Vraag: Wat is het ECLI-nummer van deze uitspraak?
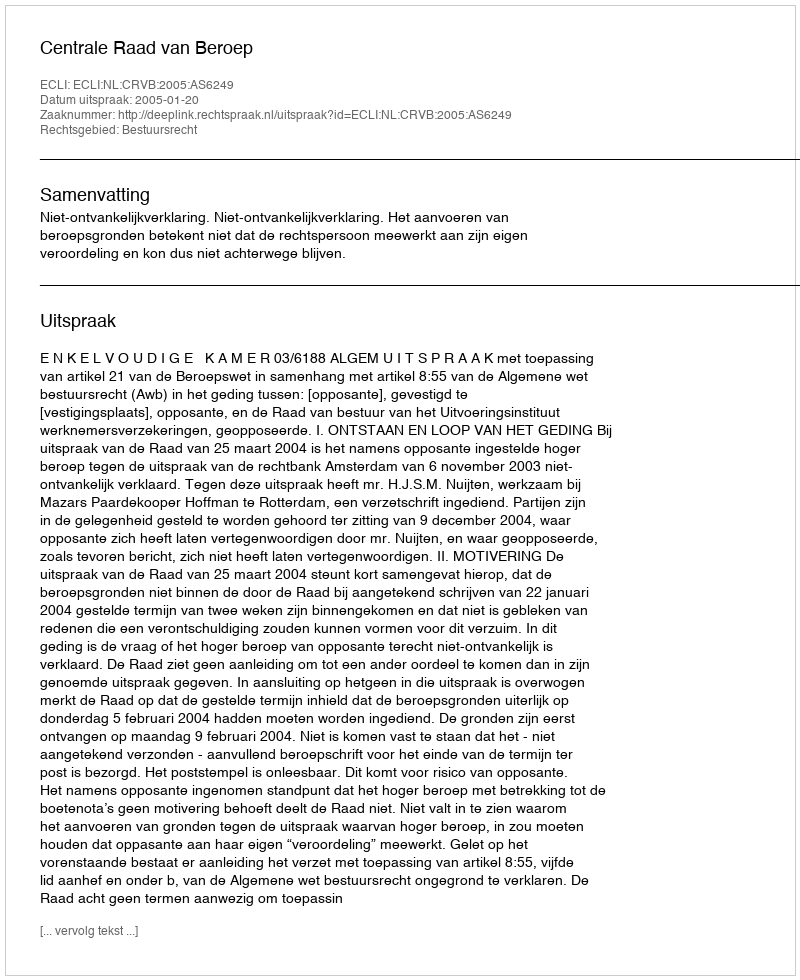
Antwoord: ECLI:NL:CRVB:2005:AS6249